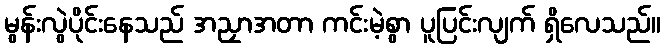
မွန်းလွဲပိုင်းနေသည် အညှာအတာ ကင်းမဲ့စွာ ပူပြင်းလျက် ရှိလေသည်။